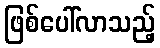
ဖြစ်ပေါ်လာသည့်